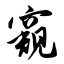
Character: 窥